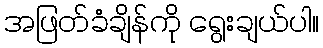
အဖြတ်ခံချိန်ကို ရွေးချယ်ပါ။